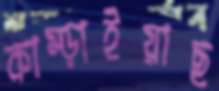
কাম্‌ড়াইয়াছ